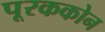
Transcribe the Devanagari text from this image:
पूरककोन